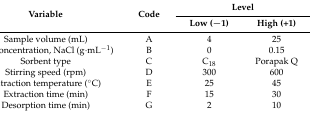
| <ROWSPAN=2> Variable | <ROWSPAN=2> Code | <COLSPAN=2> Level |
 | Low (−1) | High (+1) |
 | --- | --- | --- | --- |
 | Sample volume (mL) | A | 4 | 25 |
 | Salt concentration, NaCl (g∙mL−1) | B | 0 | 0.15 |
 | Sorbent type | C | C18 | Porapak Q |
 | Stirring speed (rpm) | D | 300 | 600 |
 | Extraction temperature (°C) | E | 25 | 45 |
 | Extraction time (min) | F | 15 | 30 |
 | Desorption time (min) | G | 2 | 10 |